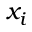
x _ { i }